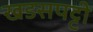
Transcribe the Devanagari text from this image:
खडसपट्टी